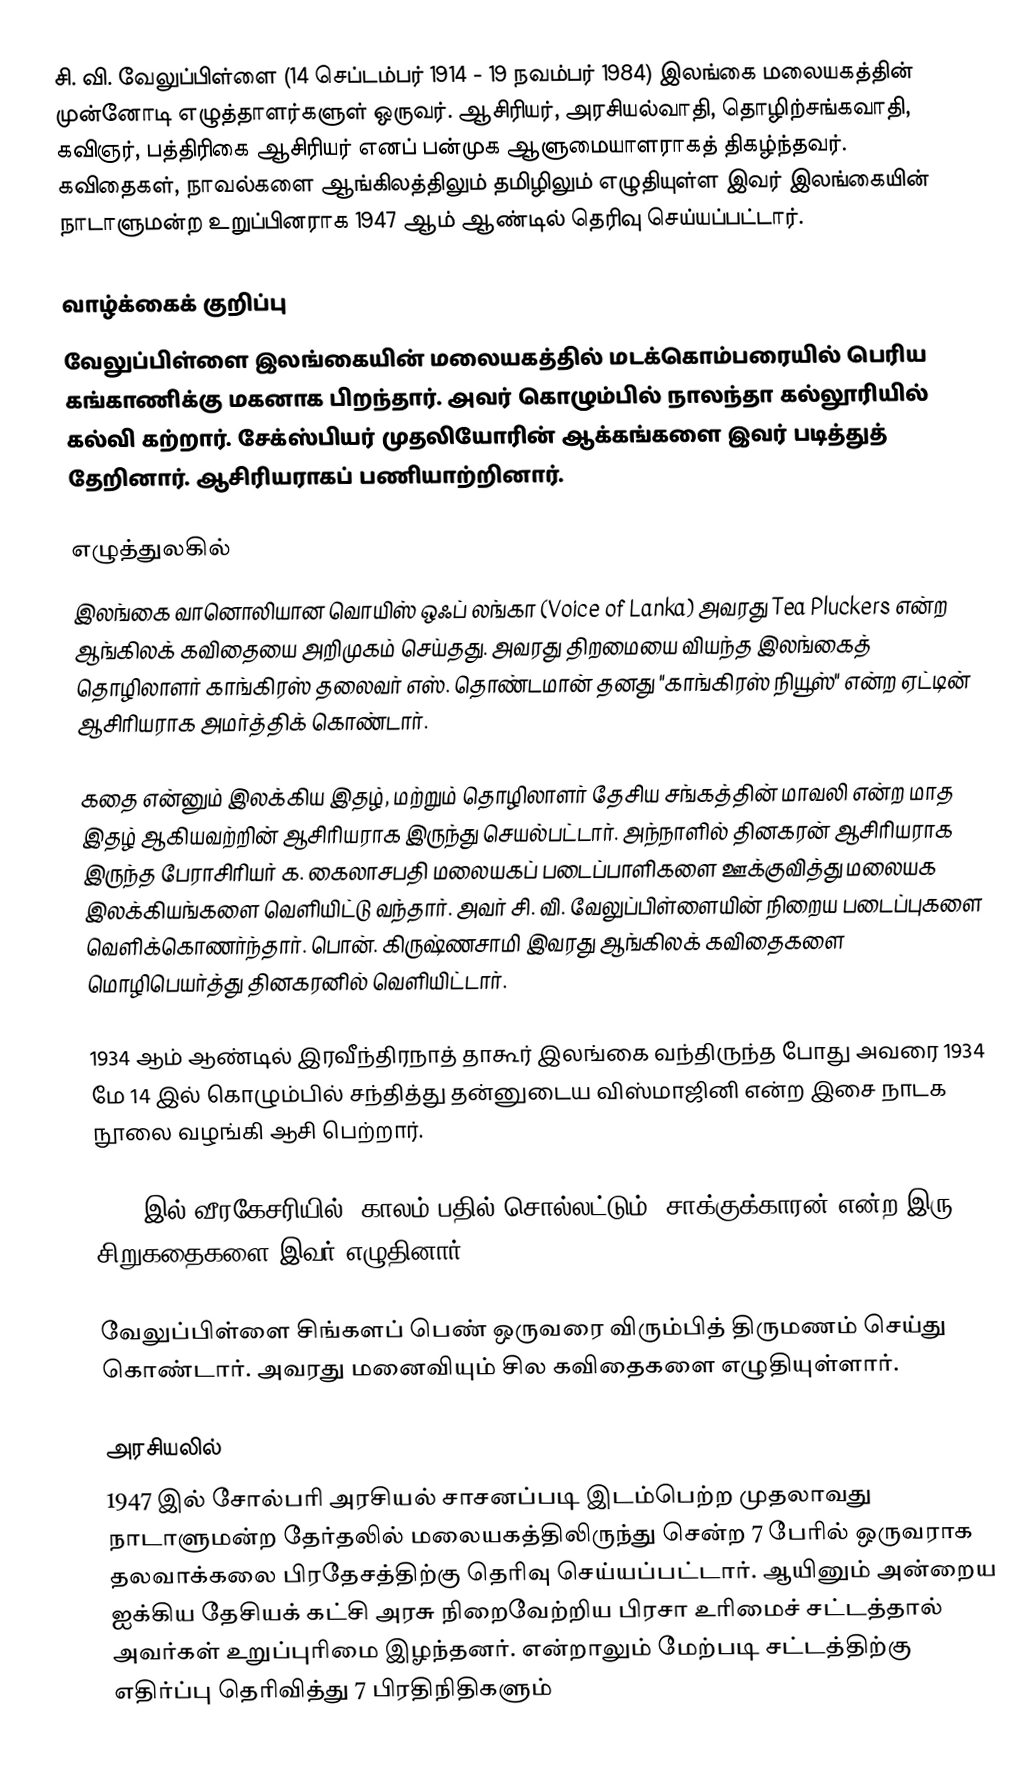
சி. வி. வேலுப்பிள்ளை (14 செப்டம்பர் 1914 - 19 நவம்பர் 1984) இலங்கை மலையகத்தின் முன்னோடி எழுத்தாளர்களுள் ஒருவர். ஆசிரியர், அரசியல்வாதி, தொழிற்சங்கவாதி, கவிஞர், பத்திரிகை ஆசிரியர் எனப் பன்முக ஆளுமையாளராகத் திகழ்ந்தவர். கவிதைகள், நாவல்களை ஆங்கிலத்திலும் தமிழிலும் எழுதியுள்ள இவர் இலங்கையின் நாடாளுமன்ற உறுப்பினராக 1947 ஆம் ஆண்டில் தெரிவு செய்யப்பட்டார்.

வாழ்க்கைக் குறிப்பு
வேலுப்பிள்ளை இலங்கையின் மலையகத்தில் மடக்கொம்பரையில் பெரிய கங்காணிக்கு மகனாக பிறந்தார். அவர் கொழும்பில் நாலந்தா கல்லூரியில் கல்வி கற்றார். சேக்ஸ்பியர் முதலியோரின் ஆக்கங்களை இவர் படித்துத் தேறினார். ஆசிரியராகப் பணியாற்றினார்.

எழுத்துலகில்
இலங்கை வானொலியான வொயிஸ் ஒஃப் லங்கா (Voice of Lanka) அவரது Tea Pluckers என்ற ஆங்கிலக் கவிதையை அறிமுகம் செய்தது. அவரது திறமையை வியந்த இலங்கைத் தொழிலாளர் காங்கிரஸ் தலைவர் எஸ். தொண்டமான் தனது "காங்கிரஸ் நியூஸ்" என்ற ஏட்டின் ஆசிரியராக அமர்த்திக் கொண்டார்.

கதை என்னும் இலக்கிய இதழ், மற்றும் தொழிலாளர் தேசிய சங்கத்தின் மாவலி என்ற மாத இதழ் ஆகியவற்றின் ஆசிரியராக இருந்து செயல்பட்டார். அந்நாளில் தினகரன் ஆசிரியராக இருந்த பேராசிரியர் க. கைலாசபதி மலையகப் படைப்பாளிகளை ஊக்குவித்து மலையக இலக்கியங்களை வெளியிட்டு வந்தார். அவர் சி. வி. வேலுப்பிள்ளையின் நிறைய படைப்புகளை வெளிக்கொணர்ந்தார். பொன். கிருஷ்ணசாமி இவரது ஆங்கிலக் கவிதைகளை மொழிபெயர்த்து தினகரனில் வெளியிட்டார்.

1934 ஆம் ஆண்டில் இரவீந்திரநாத் தாகூர் இலங்கை வந்திருந்த போது அவரை 1934 மே 14 இல் கொழும்பில் சந்தித்து தன்னுடைய விஸ்மாஜினி என்ற இசை நாடக நூலை வழங்கி ஆசி பெற்றார்.

1961 இல் வீரகேசரியில் "காலம் பதில் சொல்லட்டும், சாக்குக்காரன் என்ற இரு சிறுகதைகளை இவர் எழுதினார்.

வேலுப்பிள்ளை சிங்களப் பெண் ஒருவரை விரும்பித் திருமணம் செய்து கொண்டார். அவரது மனைவியும் சில கவிதைகளை எழுதியுள்ளார்.

 அரசியலில்
1947 இல் சோல்பரி அரசியல் சாசனப்படி இடம்பெற்ற முதலாவது நாடாளுமன்ற தேர்தலில் மலையகத்திலிருந்து சென்ற 7 பேரில் ஒருவராக தலவாக்கலை பிரதேசத்திற்கு தெரிவு செய்யப்பட்டார். ஆயினும் அன்றைய ஐக்கிய தேசியக் கட்சி அரசு நிறைவேற்றிய பிரசா உரிமைச் சட்டத்தால் அவர்கள் உறுப்புரிமை இழந்தனர். என்றாலும் மேற்படி சட்டத்திற்கு எதிர்ப்பு தெரிவித்து 7 பிரதிநிதிகளும்